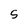
Character: 5